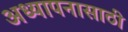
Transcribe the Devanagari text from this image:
अध्यापनासाठी